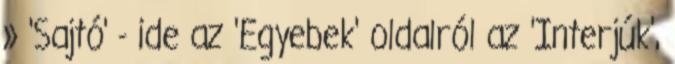
» 'Sajtó' - ide az 'Egyebek' oldalról az 'Interjúk',